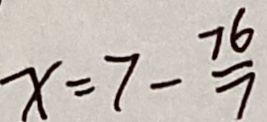
x = 7 - \frac { 7 6 } { 7 }